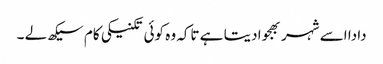
دادا اسے شہر بھجوا دیتا ہے تاکہ وہ کوئی تکنیکی کام سیکھ لے ۔